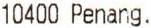
10400 PENANG.